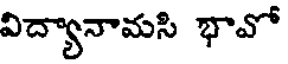
విద్యానామసి భావో